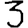
Digit: 3